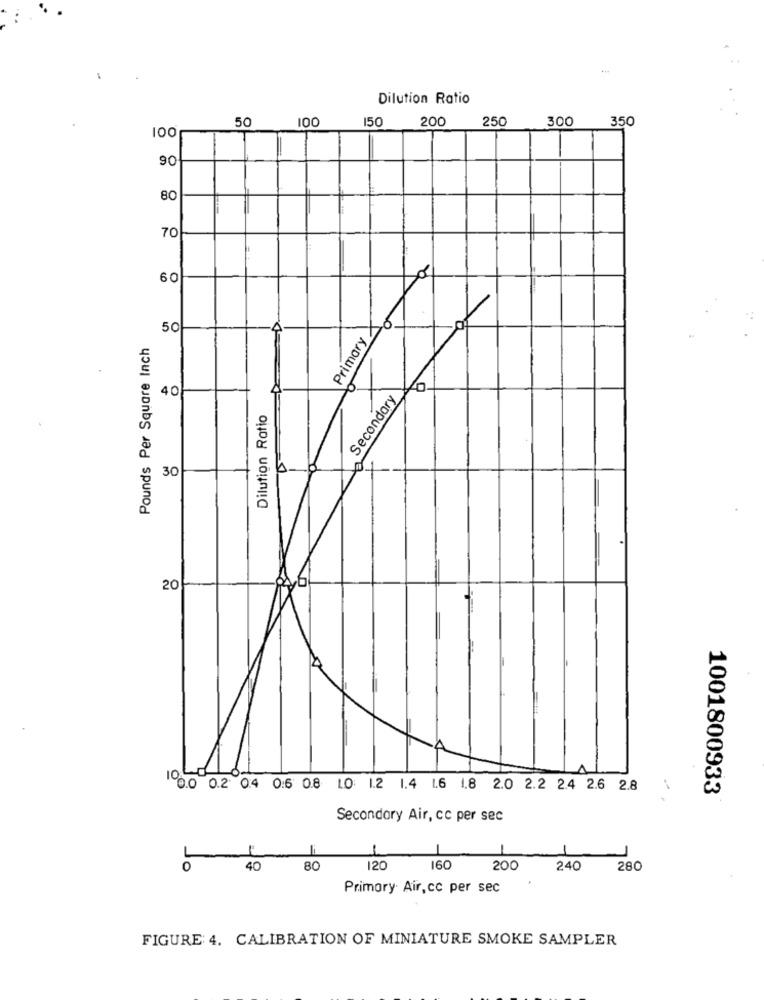
Dilution Ratio
50
100
150
200
250
300
350
100
90
80
70
50
Primary
Pounds Per Square Inch
40
Secondary
Dilution Ratio
30
201
0.0 0.2 0.4 0:6 0.8 LO: 1.2 1.4 1.6 1.8 2.0 2.2 2.4 2.6 2.8
1001800933
Secondary Air, cc per sec
or
40
80
120
160
200
240
280
Primory Air,cc per sec
FIGURE 4. CALIBRATION OF MINIATURE SMOKE SAMPLER